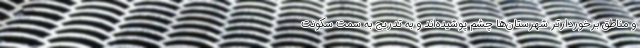
و مناطق برخوردارتر شهرستان‌ها چشم پوشیده‌اند و به تدریج به سمت سکونت